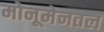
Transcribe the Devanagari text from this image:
मोनूमेनतल